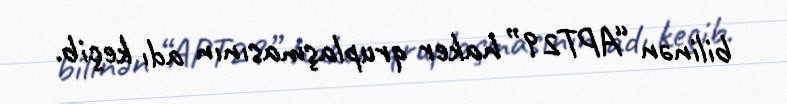
bilinən “APT29” haker qruplaşmasının adı keçib.